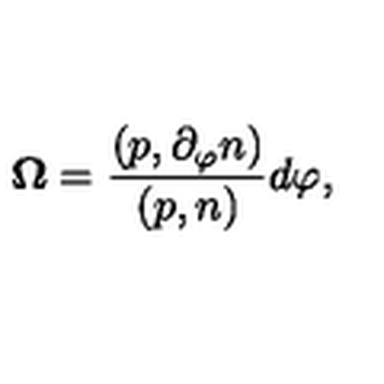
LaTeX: { \bf \Omega } = \frac { ( p , \partial _ { \varphi } n ) } { ( p , n ) } d \varphi ,